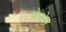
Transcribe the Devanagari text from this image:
वेलोस